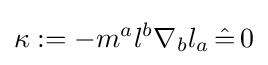
\kappa :=-m^{a}l^{b}\nabla _{b}l_{a}\,{\hat {=}}\,0